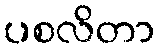
ပစလိတာ